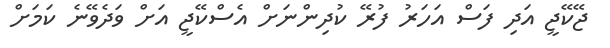
ޖޭކޭޖީ އަދި ފަސް އަހަރު ފުރޭ ކުދިންނަށް އެސްކޭޖީ އަށް ވަދެވޭނެ ކަމަށް